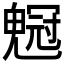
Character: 𠖡